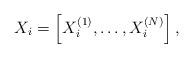
LaTeX: \begin{align*}X_i=\left[X_i^{(1)},\ldots, X_i^{(N)}\right],\end{align*}